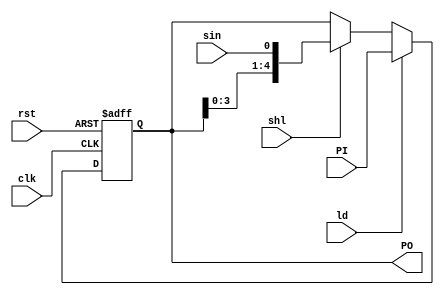
`timescale 1 ns / 1 ns
module ShiftRegister (PI, clk, rst, sin, ld, shl, PO);
parameter n=5;
input clk, rst, sin, ld, shl;
input[n-1:0] PI;
output reg[n-1:0] PO;

	always@(posedge clk, posedge rst)begin
		if(rst)
			PO <= 0;
		else if (ld) 
			PO <= PI;
		else if (shl) 
			PO <= {PO[n-2:0], sin};
	end

endmodule